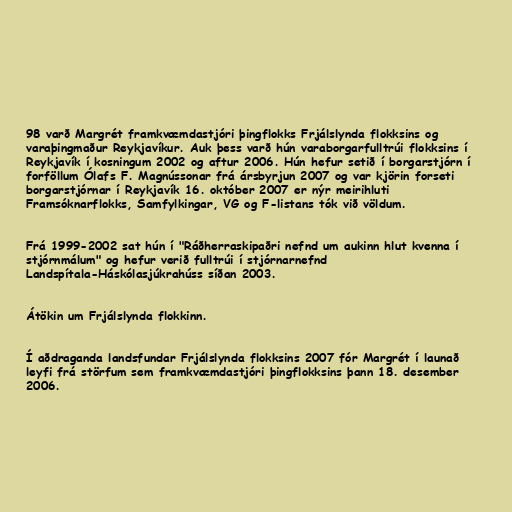
98 varð Margrét framkvæmdastjóri þingflokks Frjálslynda flokksins og
varaþingmaður Reykjavíkur. Auk þess varð hún varaborgarfulltrúi flokksins í
Reykjavík í kosningum 2002 og aftur 2006. Hún hefur setið í borgarstjórn í
forföllum Ólafs F. Magnússonar frá ársbyrjun 2007 og var kjörin forseti
borgarstjórnar í Reykjavík 16. október 2007 er nýr meirihluti
Framsóknarflokks, Samfylkingar, VG og F-listans tók við völdum.

Frá 1999-2002 sat hún í "Ráðherraskipaðri nefnd um aukinn hlut kvenna í
stjórnmálum" og hefur verið fulltrúi í stjórnarnefnd
Landspítala-Háskólasjúkrahúss síðan 2003.

Átökin um Frjálslynda flokkinn.

Í aðdraganda landsfundar Frjálslynda flokksins 2007 fór Margrét í launað
leyfi frá störfum sem framkvæmdastjóri þingflokksins þann 18. desember
2006.